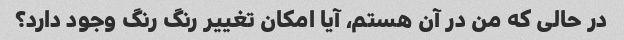
در حالی که من در آن هستم، آیا امکان تغییر رنگ رنگ وجود دارد؟